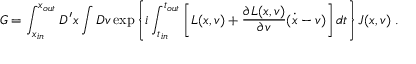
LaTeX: G = \int _ { x _ { i n } } ^ { x _ { o u t } } D ^ { \prime } x \int D v \exp \left\{ i \int _ { t _ { i n } } ^ { t _ { o u t } } \left[ L ( x , v ) + \frac { \partial L ( x , v ) } { \partial v } ( \dot { x } - v ) \right] d t \right\} J ( x , v ) \; .